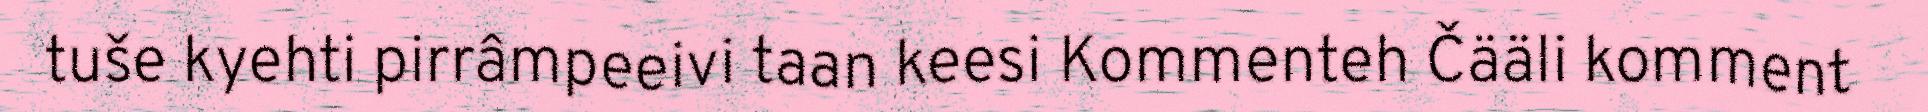
tuše kyehti pirrâmpeeivi taan keesi Kommenteh Čääli komment